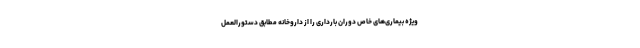
ویژه بیماری‌های خاص دوران بارداری را از داروخانه مطابق دستورالعمل